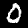
Digit: 0